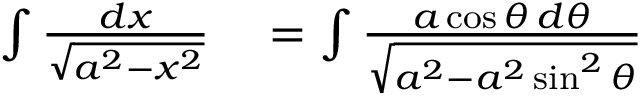
\begin{array} { r l } { \int { \frac { d x } { \sqrt { a ^ { 2 } - x ^ { 2 } } } } } & { { } = \int { \frac { a \cos \theta \, d \theta } { \sqrt { a ^ { 2 } - a ^ { 2 } \sin ^ { 2 } \theta } } } } \end{array}